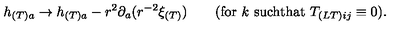
h _ { ( T ) a } \to h _ { ( T ) a } - r ^ { 2 } \partial _ { a } ( r ^ { - 2 } \xi _ { ( T ) } ) \qquad ( \mathrm { f o r } \ k \ \mathrm { s u c h t h a t } \ T _ { ( L T ) i j } \equiv 0 ) .